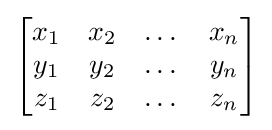
{\begin{bmatrix}x_{1}&x_{2}&\dots &x_{n}\\y_{1}&y_{2}&\dots &y_{n}\\z_{1}&z_{2}&\dots &z_{n}\end{bmatrix}}